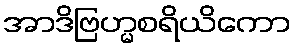
အာဒိဗြဟ္မစရိယိကော